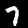
Label: 7